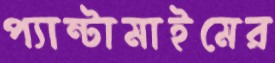
প্যান্টামাইমের